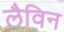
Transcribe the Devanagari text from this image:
लैविन